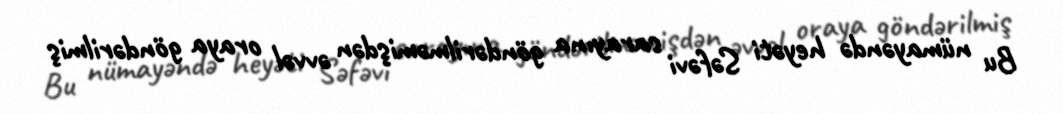
Bu nümayəndə heyəti Səfəvi sarayına göndərilməmişdən əvvəl oraya göndərilmiş